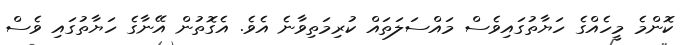
ކޮންމެ މީހެއްގެ ހަޔާތުގައިވެސް މައްސަލަތައް ކުރިމަތިވާނެ އެވެ. އެގޮތުން އޭނާގެ ހަޔާތުގައި ވެސް